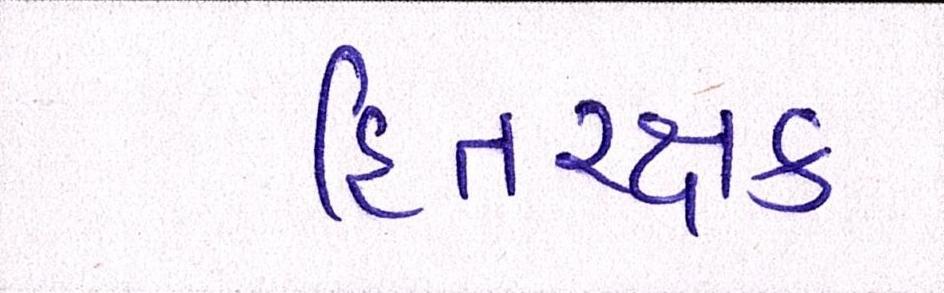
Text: હિતરક્ષક